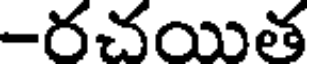
-రచయిత